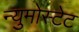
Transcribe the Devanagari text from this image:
न्युमोस्टेट